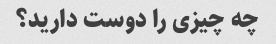
چه چیزی را دوست دارید؟